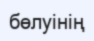
бөлуінің